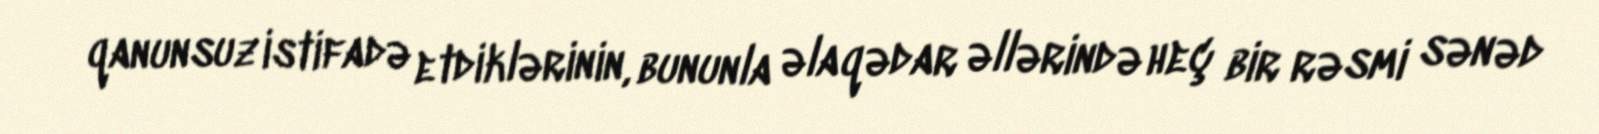
qanunsuz istifadə etdiklərinin, bununla əlaqədar əllərində heç bir rəsmi sənəd